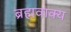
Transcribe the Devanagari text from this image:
ब्रह्मवाक्‍य